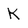
Character: k